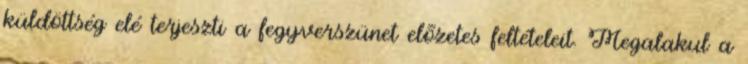
küldöttség elé terjeszti a fegyverszünet elõzetes feltételeit. Megalakul a